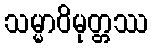
သမ္မာဝိမုတ္တဿ